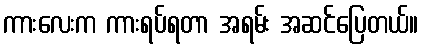
ကားလေးက ကားရပ်ရတာ အရမ်း အဆင်ပြေတယ်။